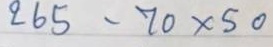
265 - 70 x 50